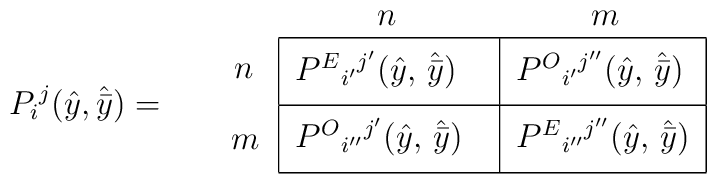
P_i{}^j(\hat{y},\hat{\bar{y}})={\kern 2em\raise 2.5ex\hbox{$n$}}{\kern -0.7em\raise -2.5ex\hbox{$m$}}\phantom{n}\begin{tabular}{|l|l|}\multicolumn{2}{l}{\kern 2.5em\hbox{$n$}\kern 6em\hbox{$m$}} \\\hline$P^E{}_{i^\prime}{}^{j^\prime}  (\hat{y},\,\hat{\bar{y}})\phantom{\biggl(}$  & $P^O{}_{i^\prime}{}^{j^{\prime\prime}}(\hat{y},\,\hat{\bar{y}})$ \\\hline$P^O{}_{i^{\prime\prime}}{}^{j^\prime}(\hat{y},\,\hat{\bar{y}})\phantom{\biggl(}$  & $P^E{}_{i^{\prime\prime}}{}^{j^{\prime\prime}}(\hat{y},\,\hat{\bar{y}})$ \\\hline\multicolumn{2}{c}{}\end{tabular}